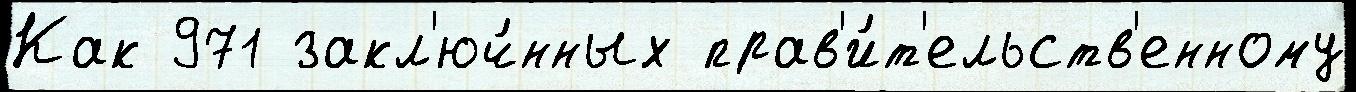
Как 971 закл'юч́нных прав'и́т'ельств'енному